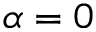
\alpha = 0